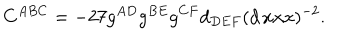
LaTeX: C ^ { A B C } = - 2 7 g ^ { A D } g ^ { B E } g ^ { C F } d _ { D E F } ( d \, x x x ) ^ { - 2 } .